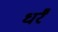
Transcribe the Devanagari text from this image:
धरैं